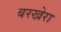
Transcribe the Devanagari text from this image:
बरखेरा